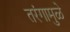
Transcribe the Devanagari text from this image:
तरंगामुळे